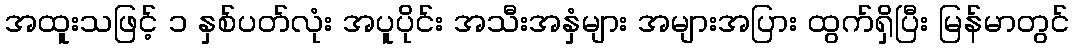
အထူးသဖြင့် ၁ နှစ်ပတ်လုံး အပူပိုင်း အသီးအနှံများ အများအပြား ထွက်ရှိပြီး မြန်မာတွင်